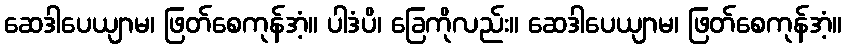
ဆေဒါပေယျာမ၊ ဖြတ်စေကုန်အံ့။ ပါဒံပိ၊ ခြေကိုလည်း။ ဆေဒါပေယျာမ၊ ဖြတ်စေကုန်အံ့။